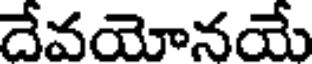
దేవయోనయే